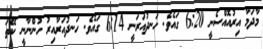
މާދަމާ އިރުއޮއްސެނީ 6:20 ގައެވެ. ހަނދުއަރަނީ 6:14 ގައެވެ. ހަނދުއަރާއިރު ހުންނާނީ ކޭތަ